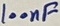
Text: 100nF